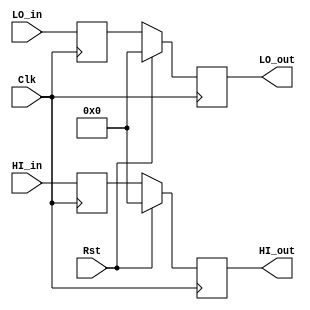
`timescale 1ns / 1ps

module HiLoReg(HI_in, LO_in, HI_out, LO_out, Clk, Rst);

	
	input Clk, Rst;	

	input [31:0] HI_in, LO_in; 
	reg [31:0] readHI, readLO;
	output reg [31:0] HI_out, LO_out;
	
	
//    always@(Rst) begin
//        if(Rst == 1)begin
//            readHI <= 0;
//            readLO <= 0;
//        end
//    end
    
    always@(negedge Clk)begin
        readHI <= HI_in;
        readLO <= LO_in;
    end
    
	always@(posedge Clk) begin
	if(Rst == 1)begin
	   HI_out <= 0;
       LO_out <= 0;
	end
	
	else begin
        HI_out <= readHI;
        LO_out <= readLO;
    end
	end

endmodule